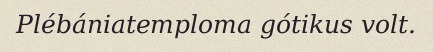
Plébániatemploma gótikus volt.